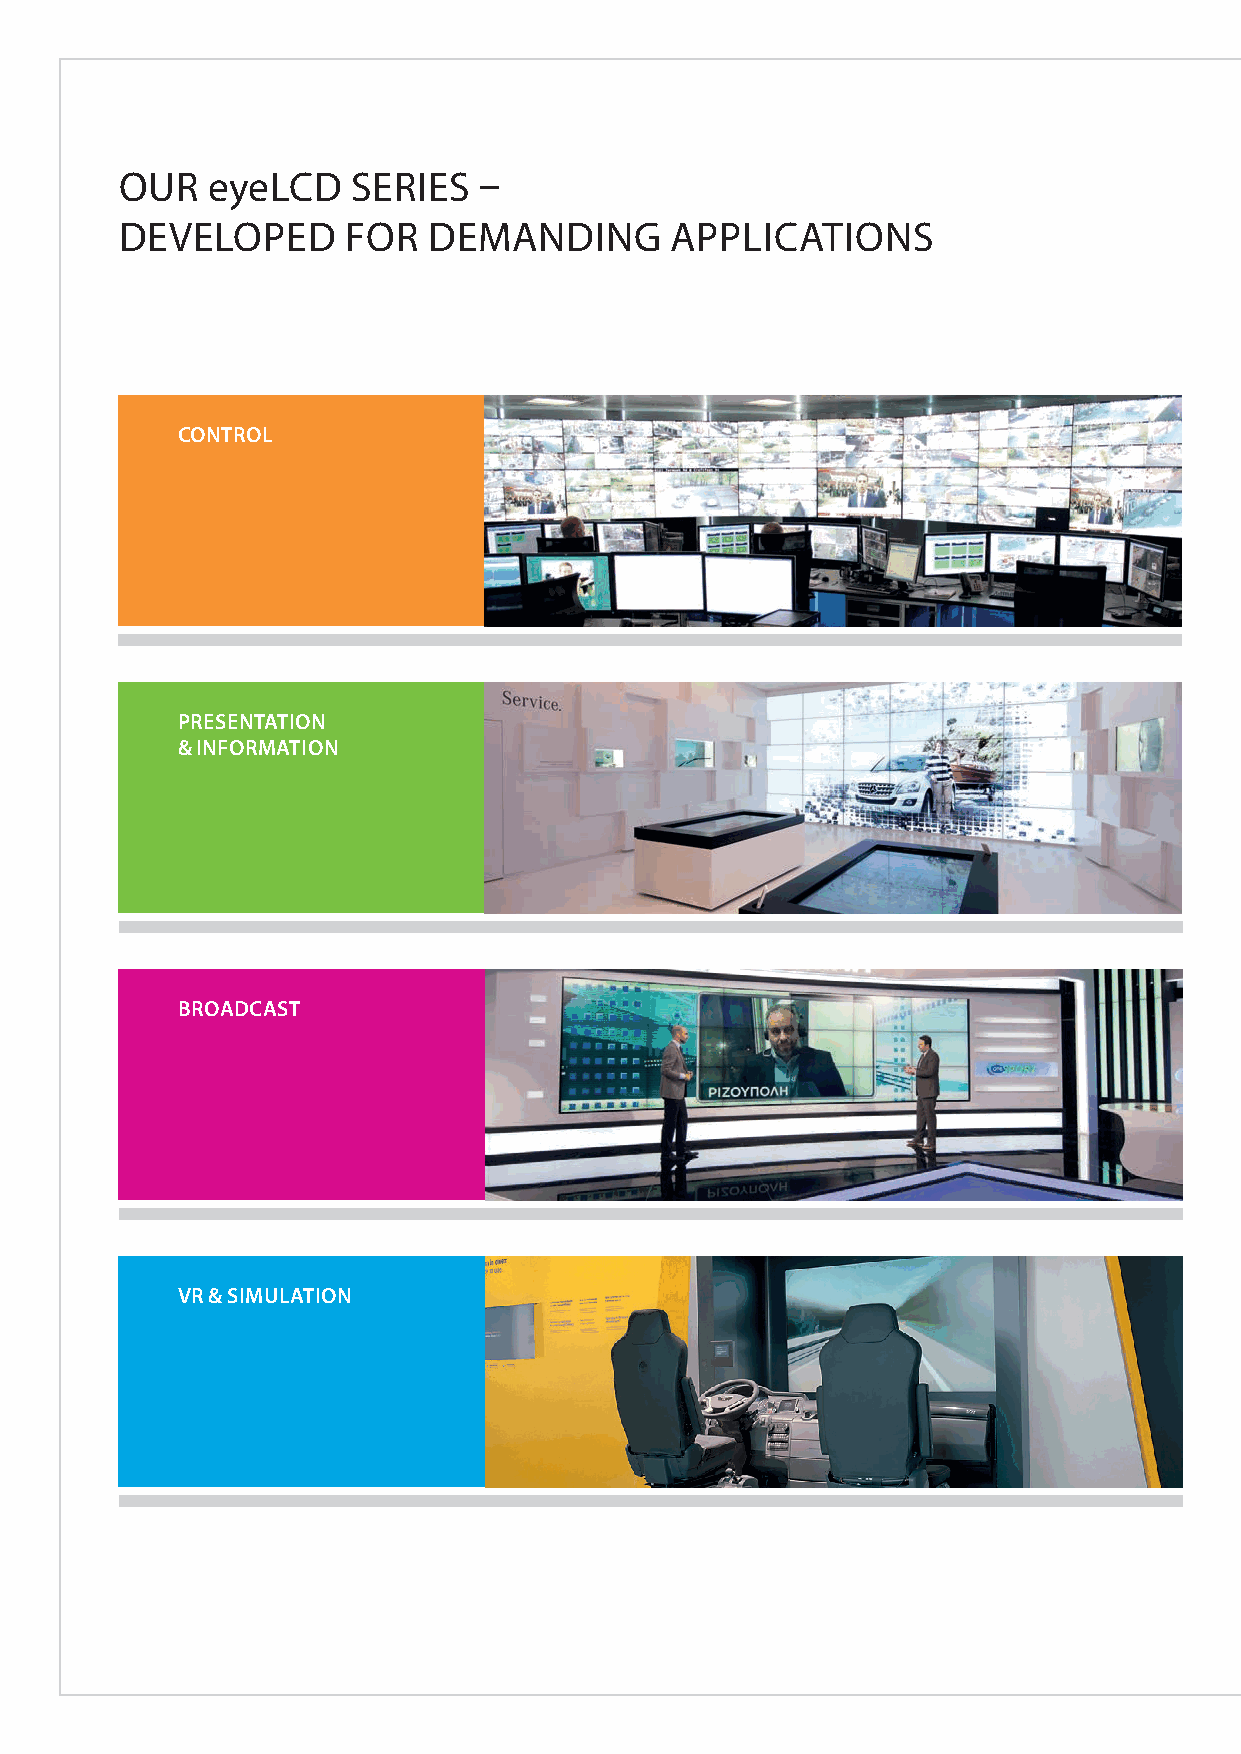
OUR   eyeLCD   SERIES   –
 DEVELOPED      FOR  DEMANDING       APPLICATIONS
 CONTROL
 PRESENTATION
 & INFORMATION
 BROADCAST
 VR & SIMULATION